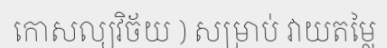
កោសល្យវិច័យ ) សម្រាប់ វាយតម្លៃ